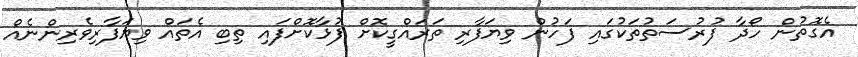
އެގޮތުން ހޯދާ ފުރުސަތުތަކުގައި ފަހުން ވިޔަފާރި ތަރައްގީކޮށް ފުޅާކޮށްފައި ތިބި އެތައް ވިޔަފާރިވެރިންނެއް